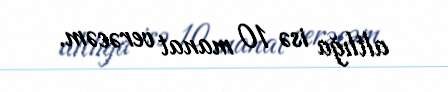
altlığa isə 10 manat verəcəm.